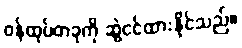
ဝန်ထုပ်တခုကို ဆွဲငင်ထားနိုင်သည်။